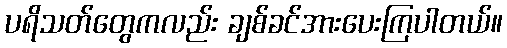
ပရိသတ်တွေကလည်း ချစ်ခင်အားပေးကြပါတယ်။